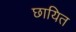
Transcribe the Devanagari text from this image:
छायित